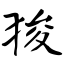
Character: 狻